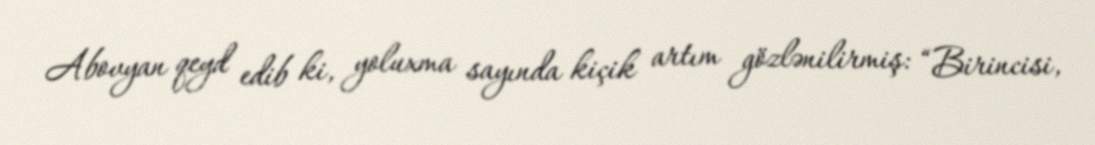
Abovyan qeyd edib ki, yoluxma sayında kiçik artım gözlənilirmiş: “Birincisi,